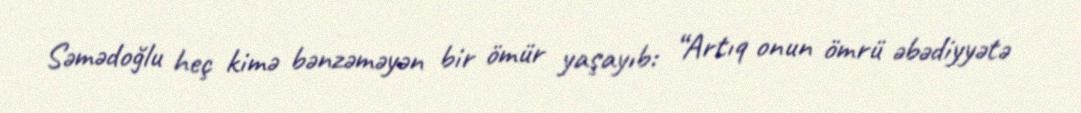
Səmədoğlu heç kimə bənzəməyən bir ömür yaşayıb: “Artıq onun ömrü əbədiyyətə